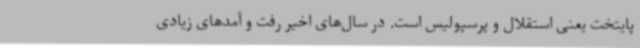
پایتخت یعنی استقلال و پرسپولیس است. در سال‌های اخیر رفت و آمدهای زیادی